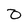
Character: 0